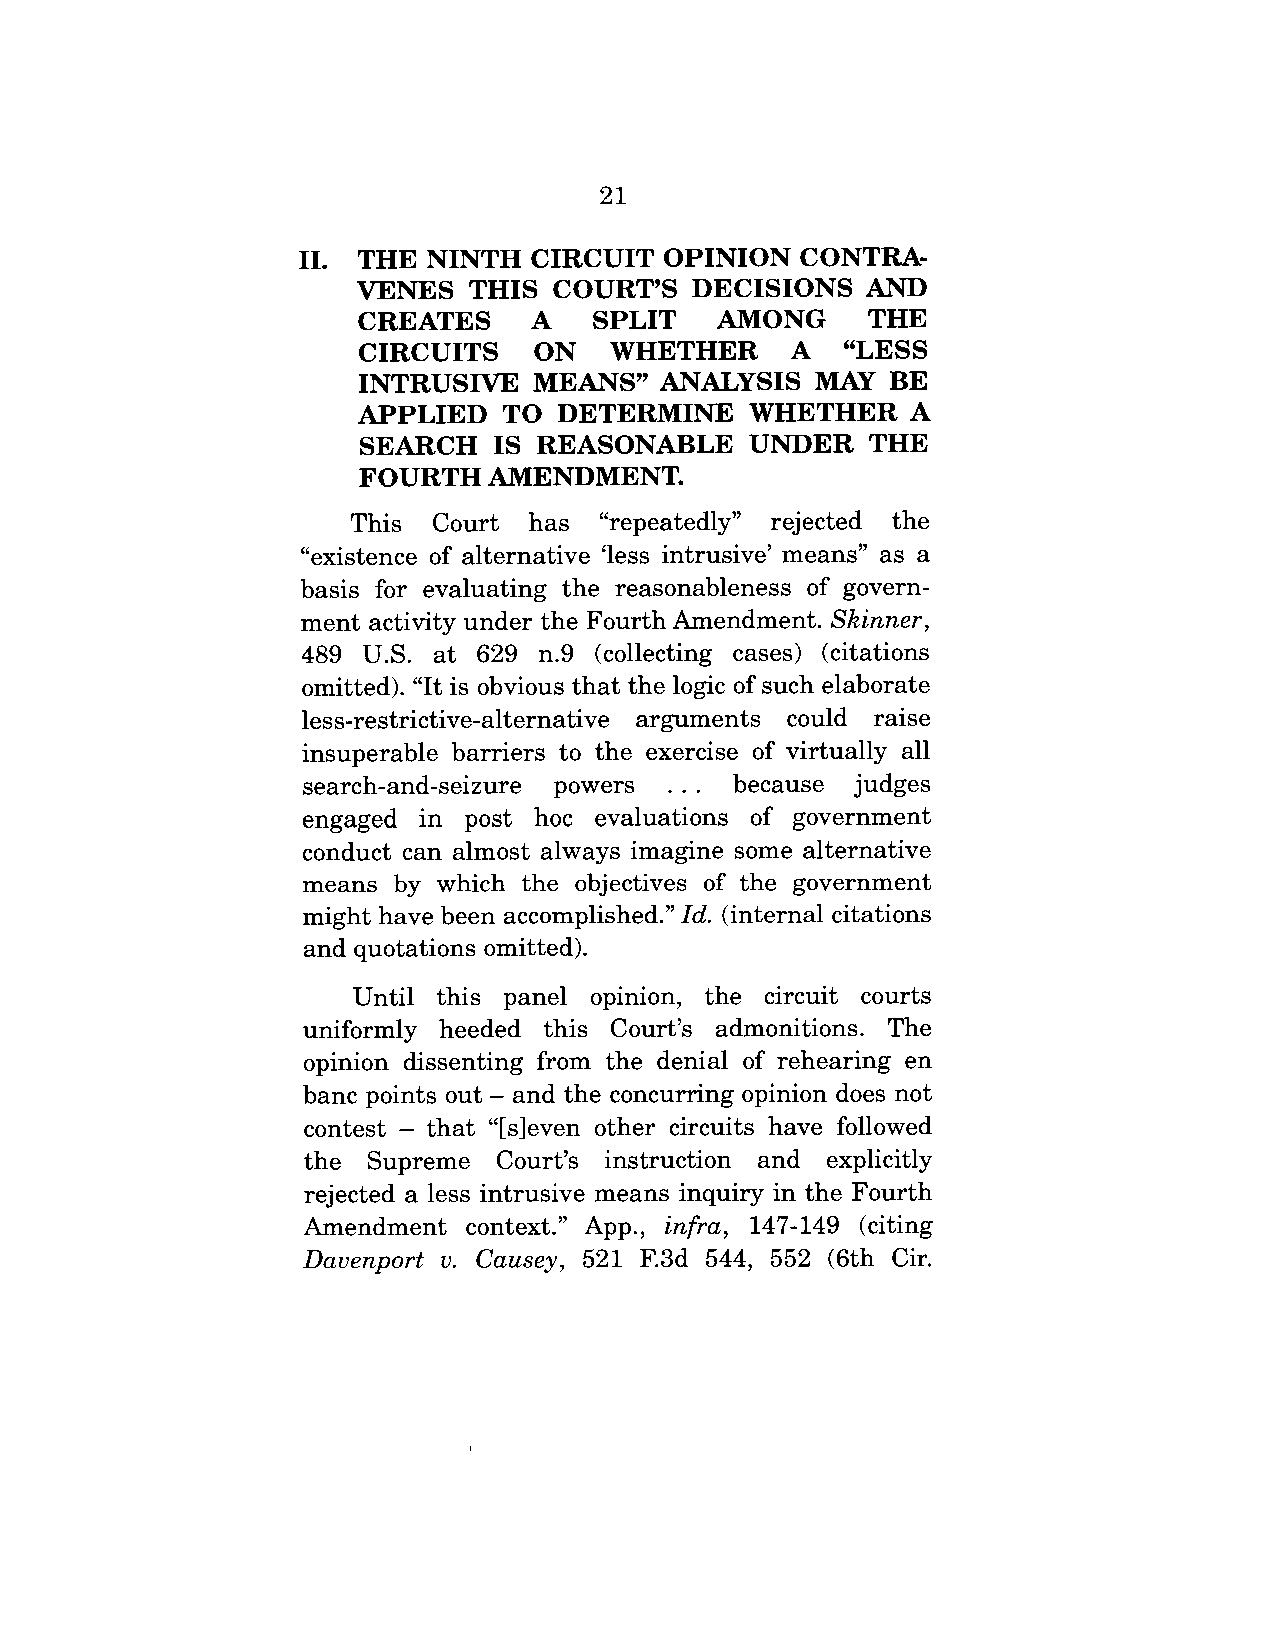
21
 II. THE NINTH  CIRCUIT  OPINION  CONTRA-
 VENES  THIS COURT’S   DECISIONS   AND
 CREATES A SPLIT AMONG THE
 CIRCUITS    ON  WHETHER      A "LESS
 INTRUSIVE  MEANS"   ANALYSIS  MAY   BE
 APPLIED  TO  DETERMINE    WHETHER    A
 SEARCH   IS REASONABLE    UNDER   THE
 FOURTH  AMENDMENT.
 This Court has "repeatedly" rejected the
 "existence of alternative ’less intrusive’ means" as a
 basis for evaluating the reasonableness of govern-
 ment activity under the Fourth Amendment. Skinner,
 489 U.S. at 629 n.9 (collecting cases) (citations
 omitted). "It is obvious that the logic of such elaborate
 less-restrictive-alternative arguments could raise
 insuperable barriers to the exercise of virtually all
 search-and-seizure powers . . . because judges
 engaged  in post hoc evaluations of government
 conduct can almost always imagine some alternative
 means by which the objectives of the government
 might have been accomplished." Id. (internal citations
 and quotations omitted).
 Until this panel opinion, the circuit courts
 uniformly heeded this Court’s admonitions. The
 opinion dissenting from the denial of rehearing en
 banc points out - and the concurring opinion does not
 contest - that "Ks]even other circuits have followed
 the Supreme  Court’s instruction and explicitly
 rejected a less intrusive means inquiry in the Fourth
 Amendment  context." App., infra, 147-149 (citing
 Davenport v. Causey, 521 F.3d 544, 552 (6th Cir.